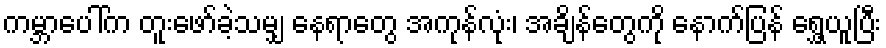
ကမ္ဘာပေါ်က တူးဖော်ခဲ့သမျှ နေရာတွေ အကုန်လုံး၊ အချိန်တွေကို နောက်ပြန် ရွှေ့ယူပြီး